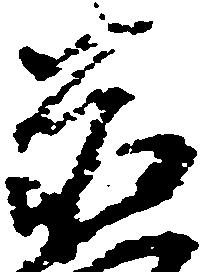
置